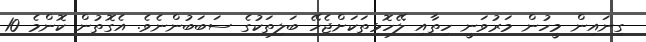
ގިނައިން މީހުން މަރުވަނީ ހިތާއި ލޭހޮޅިތަކަށްޖެހޭ ބަލިތަކުގެ ސަބަބުންނެވެ. އެގޮތުން ކޮންމެ 10